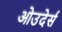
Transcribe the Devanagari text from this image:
ओउदेर्स